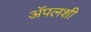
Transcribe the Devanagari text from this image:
अॅपलशी